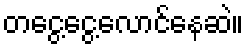
တငွေ့ငွေ့လောင်နေဆဲ။